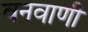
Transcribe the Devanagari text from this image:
वनवाणी